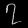
Digit: ၇